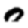
Digit: 0